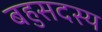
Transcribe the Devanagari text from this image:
बहुसदस्य